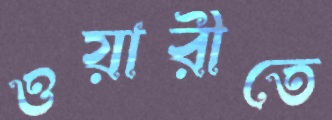
ওয়ারীতে